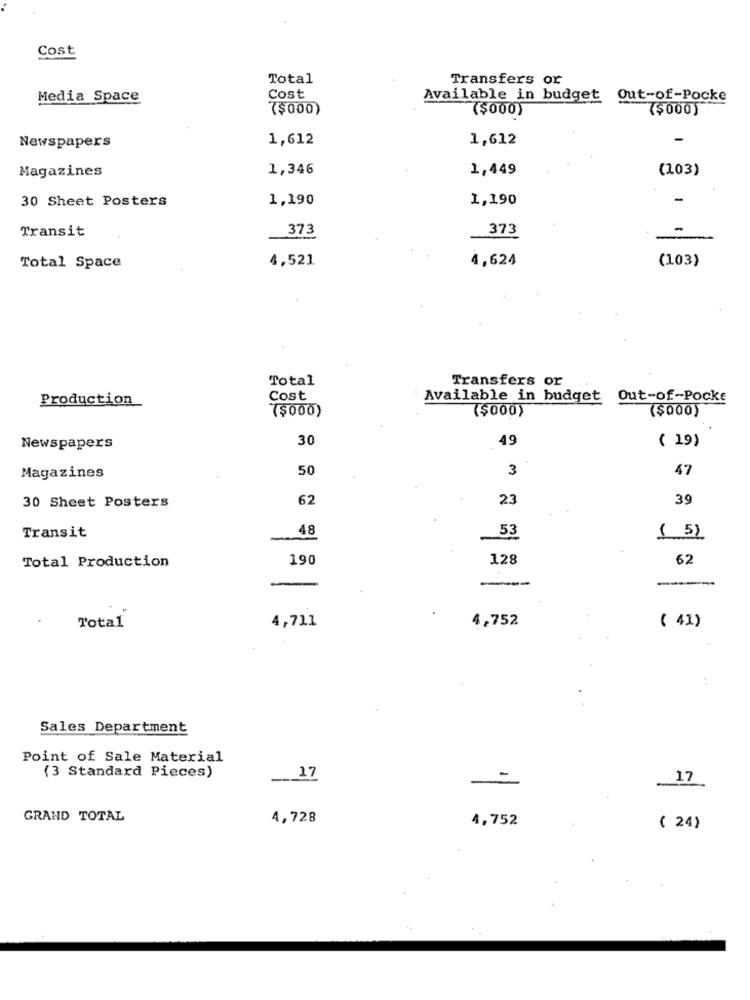
Cost
Total
Transfers or
Media Space
Cost
Available in budget
Out-of-Pocke
($000)
($000)
($000)
Newspapers
1,612
1,612
Magazines
1,346
1,449
(103)
30 Sheet Posters
1,190
1,190
-
Transit
373
373
4,521
4,624
(103)
Total Space
Total
Transfers or
Production
Cost
Available in budget Out-of-Pocke
($000)
($000)
($000)
30
49
Newspapers
( 19)
50
3
47
Magazines
62
23
39
30 Sheet Posters
48
53
Transit
( 5)
Total Production
190
128
62
-
4,752
Total
4,711
( 41)
Sales Department
Point of Sale Material
17
(3 Standard Pieces)
17
GRAND TOTAL
4,728
4,752
( 24)